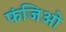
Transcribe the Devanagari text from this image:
फंजिओ